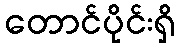
တောင်ပိုင်းရှိ